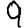
Digit: 9